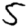
Digit: 5